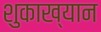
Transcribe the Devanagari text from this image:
शुकाख्यान